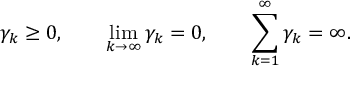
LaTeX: \gamma _ { k } \geq 0 , \qquad \operatorname* { l i m } _ { k \to \infty } \gamma _ { k } = 0 , \qquad \sum _ { k = 1 } ^ { \infty } \gamma _ { k } = \infty .